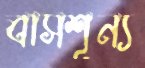
বাসশূন্য